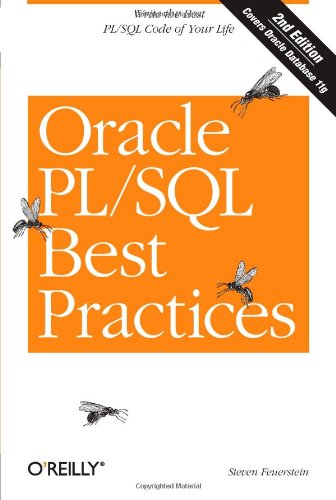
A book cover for Oracle PL/SQL Best Practices; Steven Feuerstein; Computers & Technology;